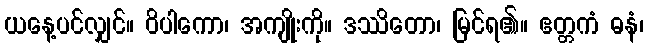
ယနေ့ပင်လျှင်။ ဝိပါကော၊ အကျိုးကို။ ဒဿိတော၊ မြင်ရ၏။ ဧတ္တကံ ဓနံ၊